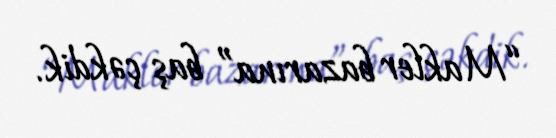
“Makler bazarına” baş çəkdik.